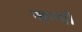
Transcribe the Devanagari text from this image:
जन्मो